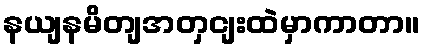
နယျနမိတျအတှငျးထဲမှာကာတာ။